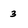
Character: 3